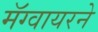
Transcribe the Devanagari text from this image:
मॅग्वायरने